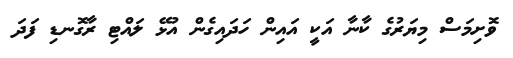
ވޮށިމަސް މިޔަރުގެ ކާނާ އަކީ އައިން ހަދައިގެން އުޅޭ ލައްޓި ރާގޮނޑި ފަދަ